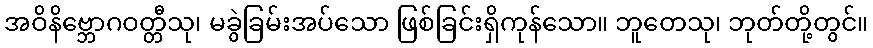
အဝိနိဗ္ဘောဂဝတ္တီသု၊ မခွဲခြမ်းအပ်သော ဖြစ်ခြင်းရှိကုန်သော။ ဘူတေသု၊ ဘုတ်တို့တွင်။